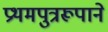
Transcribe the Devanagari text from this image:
प्रथमपुत्ररूपाने